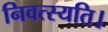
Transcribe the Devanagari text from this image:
निवत्स्यति।